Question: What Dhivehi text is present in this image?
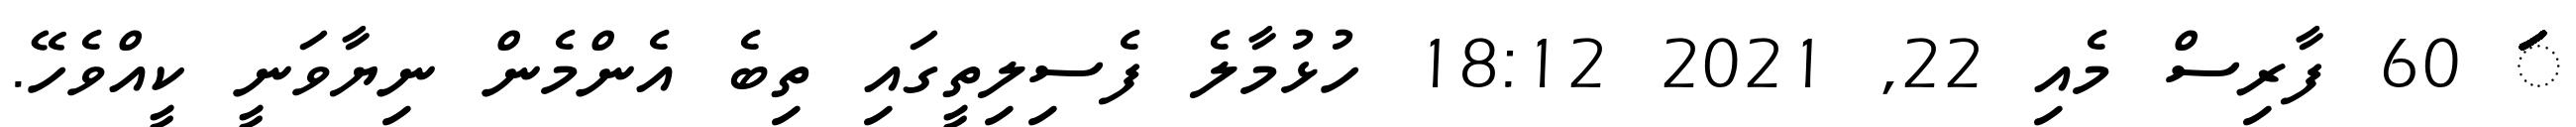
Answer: ަަަަަަަަަަަަަަަަަަަަަަަަަަަަަަަަަަަަަަަަަަަަަަަަަަަަަަަަަަ 60 ފާރިސް މެއި 22, 2021 18:12 ހުޅުމާލެ ފެސިލިތީގައި ތިބެ އެންމެން ނިޔާވަނީ ކީއްވެހޭ.